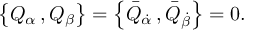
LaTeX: \left\{ Q _ { \alpha } \, , Q _ { \beta } \right\} = \left\{ \bar { Q } _ { \dot { \alpha } } \, , \bar { Q } _ { \dot { \beta } } \right\} = 0 .